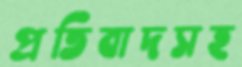
প্রতিবাদসহ